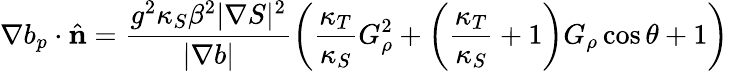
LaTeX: \nabla b_{p}\cdot\hat{\mathbf n}=\frac{g^{2}\kappa_{S}\beta^{2}|\nabla S|^{2}}{|\nabla b|}\left(\frac{\kappa_{T}}{\kappa_{S}}G_{\rho}^{2}+\left(\frac{\kappa_{T}}{\kappa_{S}}+1\right)G_{\rho}\cos{\theta}+1\right)